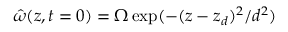
\hat { \omega } ( z , t = 0 ) = \Omega \exp ( - ( z - z _ { d } ) ^ { 2 } / d ^ { 2 } )